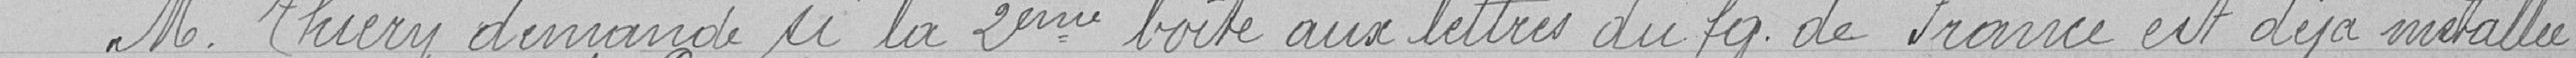
Monsieur Thiery demande si la deuxième boîte aux lettres du faubourg de France est déjà installée,